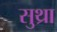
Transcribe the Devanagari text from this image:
सुथ्रा